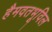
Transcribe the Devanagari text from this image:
हैमवतभूविल